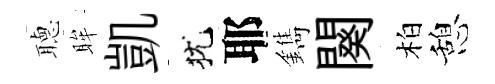
𦗟眸凱犹耶鐫闋柏憩